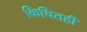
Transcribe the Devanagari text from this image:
किचितही